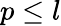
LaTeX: p\leq l